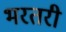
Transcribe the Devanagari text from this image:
भरतरी